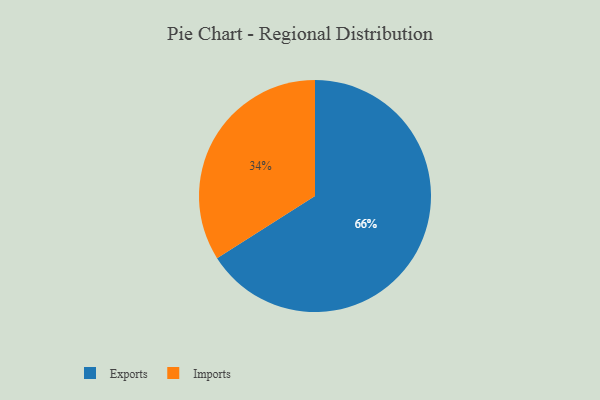
{"axis": {"x": "Category", "y": "Percentage"}, "legend": ["Exports", "Imports"], "data": [{"x": "Exports", "y": 66, "type": "Exports"}, {"x": "Imports", "y": 34, "type": "Imports"}]}